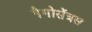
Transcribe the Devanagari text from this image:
पैगोसेंत्रस